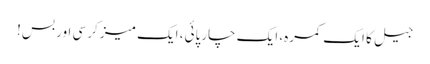
جیل کا ایک کمرہ، ایک چارپائی، ایک میز کرسی اور بس!